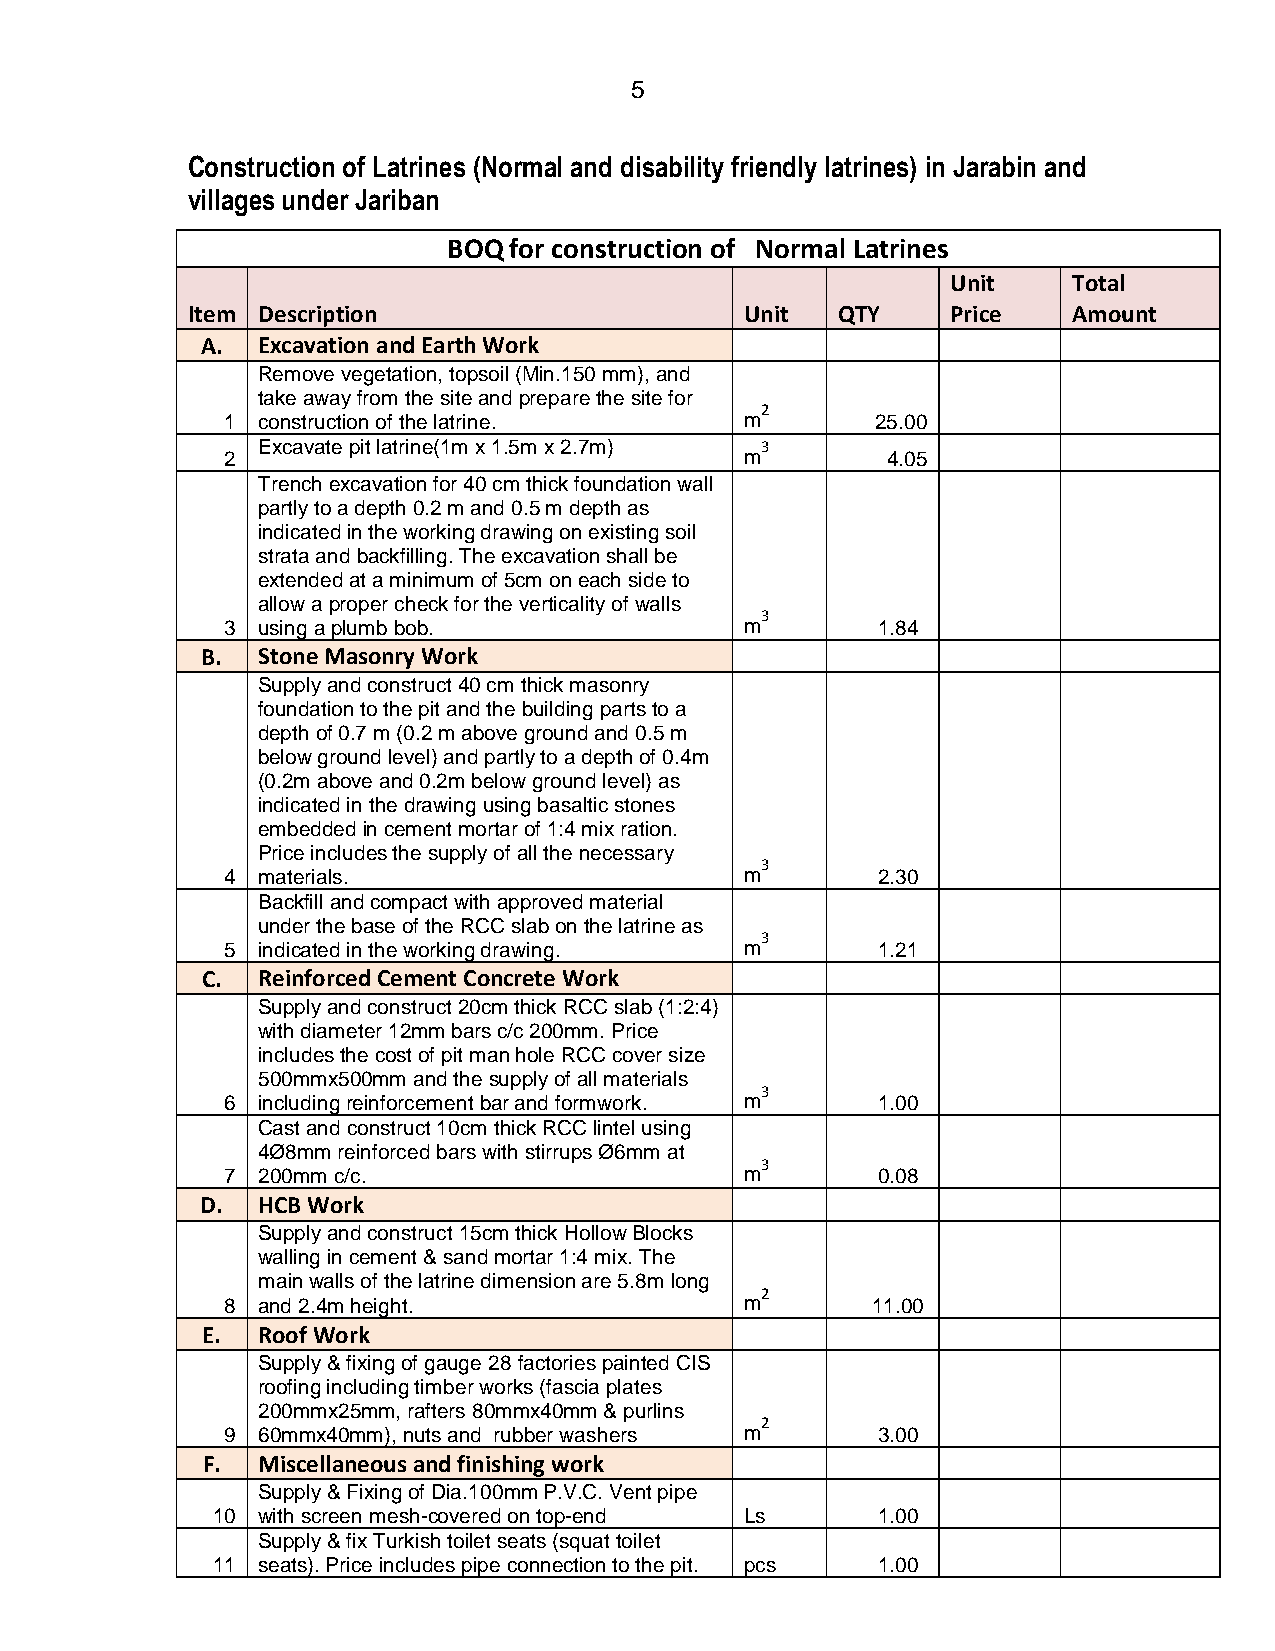
5
 Construction of Latrines (Normal and disability friendly latrines) in Jarabin and
 villages under Jariban
 BOQ for construction of Normal Latrines
 Unit    Total
 Item Description                     Unit  QTY     Price   Amount
 A.  Excavation and Earth Work
 Remove vegetation, topsoil (Min.150 mm), and
 take away from the site and prepare the site for
 1 construction of the latrine.
 m2
 25.00
 2
 Excavate pit latrine(1m x 1.5m x 2.7m) m3
 4.05
 Trench excavation for 40 cm thick foundation wall
 partly to a depth 0.2 m and 0.5 m depth as
 indicated in the working drawing on existing soil
 strata and backfilling. The excavation shall be
 extended at a minimum of 5cm on each side to
 allow a proper check for the verticality of walls
 3 using a plumb bob.
 m3
 1.84
 B.  Stone Masonry Work
 Supply and construct 40 cm thick masonry
 foundation to the pit and the building parts to a
 depth of 0.7 m (0.2 m above ground and 0.5 m
 below ground level) and partly to a depth of 0.4m
 (0.2m above and 0.2m below ground level) as
 indicated in the drawing using basaltic stones
 embedded in cement mortar of 1:4 mix ration.
 Price includes the supply of all the necessary
 4 materials.
 m3
 2.30
 Backfill and compact with approved material
 under the base of the RCC slab on the latrine as
 5 indicated in the working drawing.
 m3
 1.21
 C.  Reinforced Cement Concrete Work
 Supply and construct 20cm thick RCC slab (1:2:4)
 with diameter 12mm bars c/c 200mm. Price
 includes the cost of pit man hole RCC cover size
 500mmx500mm and the supply of all materials
 6 including reinforcement bar and formwork.
 m3
 1.00
 Cast and construct 10cm thick RCC lintel using
 4Ø8mm reinforced bars with stirrups Ø6mm at
 7 200mm c/c.
 m3
 0.08
 D.  HCB Work
 Supply and construct 15cm thick Hollow Blocks
 walling in cement & sand mortar 1:4 mix. The
 main walls of the latrine dimension are 5.8m long
 8 and 2.4m height.
 m2
 11.00
 E.  Roof Work
 Supply & fixing of gauge 28 factories painted CIS
 roofing including timber works (fascia plates
 200mmx25mm, rafters 80mmx40mm & purlins
 9 60mmx40mm), nuts and rubber washers
 m2
 3.00
 F.  Miscellaneous and finishing work
 Supply & Fixing of Dia.100mm P.V.C. Vent pipe
 10 with screen mesh-covered on top-end Ls   1.00
 Supply & fix Turkish toilet seats (squat toilet
 11 seats). Price includes pipe connection to the pit. pcs 1.00